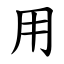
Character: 用